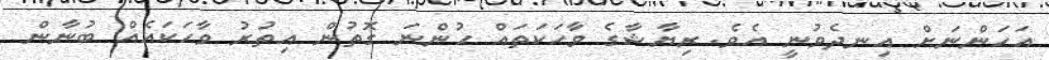
އަހަންނަށް އިނދެވުނީ އެވެ. ރިޔާޝާގެ ވާހަކަތައް ހުންނަ ގޮތުން އިތުރު ވާހަކައެއް ބުނާން